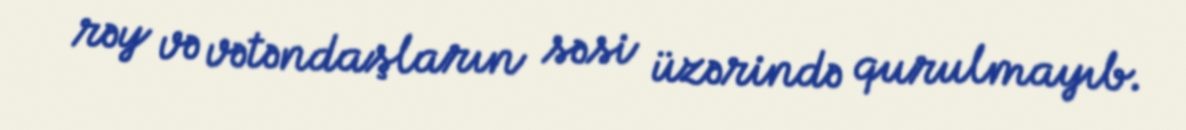
rəy və vətəndaşların səsi üzərində qurulmayıb.